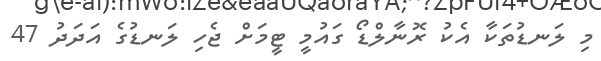
މި ލަނޑުތަކާ އެކު ރޮނާލްޑޯ ގައުމީ ޓީމަށް ޖެހި ލަނޑުގެ އަދަދު 47